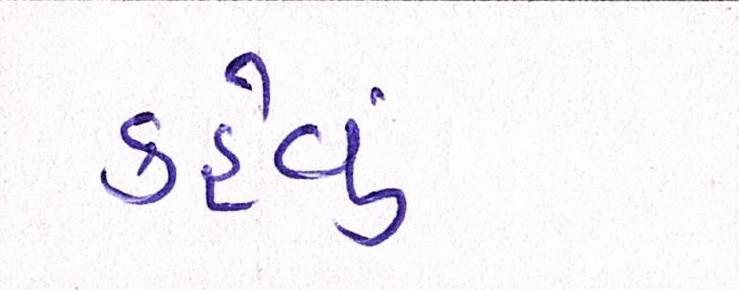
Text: કહેવુ